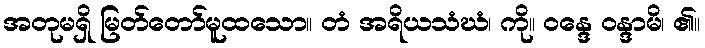
အတုမရှိ မြတ်တော်မူထသော။ တံ အရိယသံဃံ၊ ကို။ ဝန္ဒေ ဝန္ဒာမိ၊ ၏။